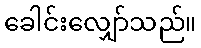
ခေါင်းလျှော်သည်။